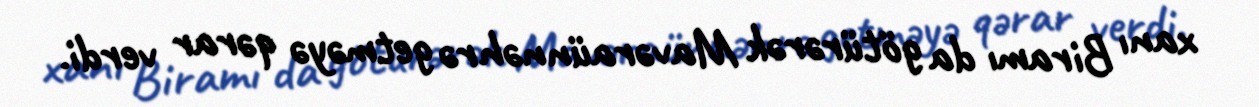
xanı Biramı da götürərək Mavəraünnəhrə getməyə qərar verdi.